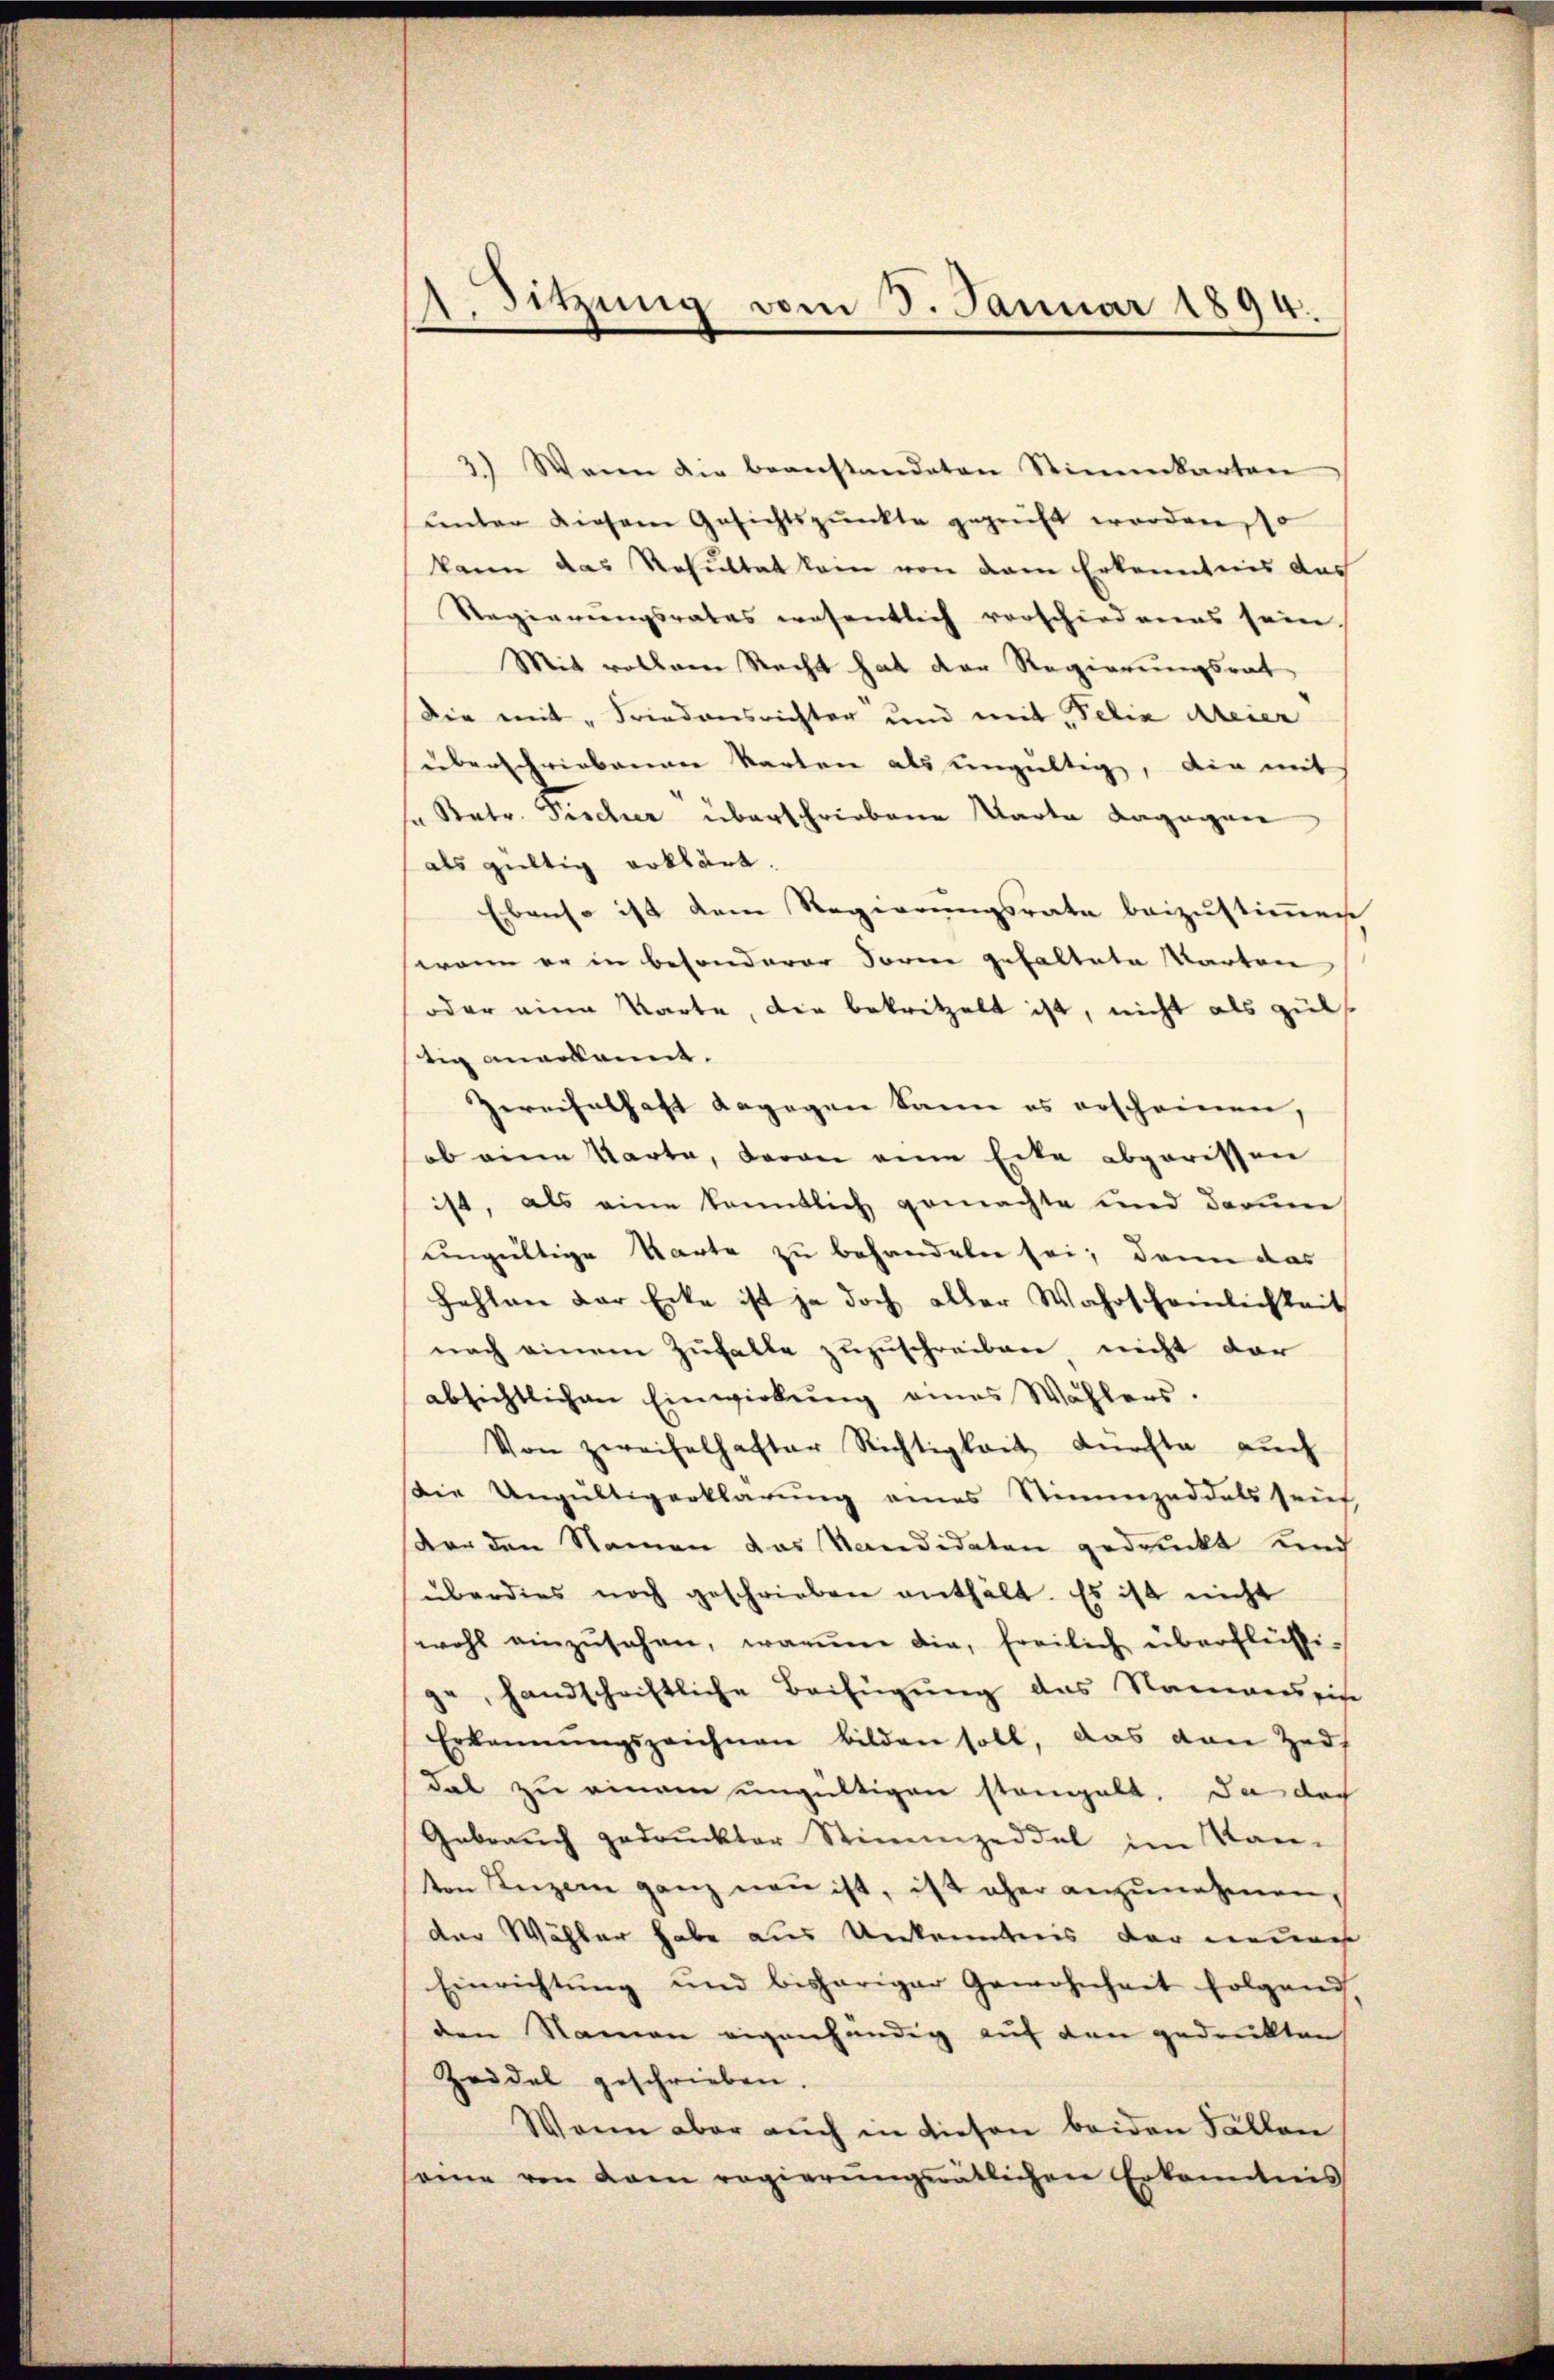
1 Sitzung vom 3. Januar 1894.

3.) Wenn die beanstandeten Stimmkarten
unter diesem Gesichtspunkte geprüft worden so
kann das Resultat kein von dem Erkanntnis das
Regierungsrates wesentlich vorschiedenes sein
Mit vollem Recht hat der Regierungsrat
Die mit „Friedensrichter und mit, Felix Meier
überschriebenen Karten als ungültig, die mit
u Ratr. Fischer überschriebene Warte dagegen
als gültig erklärt.
Ebenso ist dem Regierungsrate beizustimmen
wenn er in besonderer Sorne gehaltete Warten
oder eine Karte, die bekritzelt ist, nicht als zul
tig anerkannt.
Zereifelhaft dagegen kann es erscheinen,
ob eine Karte, daran eine Eite abgerissen
ist, als eine kanntlich gemachte und darum
ungültige Karte zu behandeln sei; dann das
fehlen der Ecke ist ja doch aller Wahrscheinlichkeit
nach einem Zufalle zuzuschreiben, nicht der
absichtlichen Einwirkŭng eines Wahlers.
Von zweifelhafter Richtigkeit dürfte auch
die Ungültigerklärŭng eines Stimmzeddals seif
vor den Namen das Kandidaten gedruckt Kind
überdies noch geschrieben enthält. Es ist nicht
wohl einzŭsehen, warum die, freilich überflüssige, handschriftliche Beifügung das Namenseite
Erkennungszeichnen bilden soll, das von Zeis
dal zu einem ungültigen stangelt, da doch
Gebrauch gedruckter Stimmzeddel im Kan-
ton Luzern ganz neu ist, ist aher anzunehmen,
der Wähler habe aus Unkenntnis der neues
Einrichtung und bisheriger Gewohnheit folgend.
den Namen eigenhändig auf den gedrukten
Zeidal geschrieben.
Wenn aber auch in diesen beiden Fällen
same von dem regierŭngsrätlichen Erkanntnis